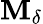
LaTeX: \mathbf{M}_{\delta}